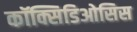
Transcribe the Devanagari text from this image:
कॉक्सिडिओसिस